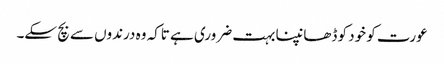
عورت کو خود کو ڈھانپنا بہت ضروری ہے تاکہ وہ درندوں سے بچ سکے۔